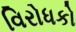
વિરોધકો